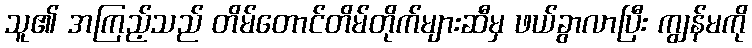
သူ၏ အကြည့်သည် တိမ်တောင်တိမ်တိုက်များဆီမှ ဖယ်ခွာလာပြီး ကျွန်မကို